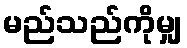
မည်သည်ကိုမျှ